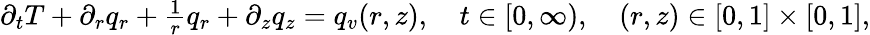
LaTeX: \begin{array}{r}{\partial_{t}T+\partial_{r}q_{r}+\frac{1}{r}q_{r}+\partial_{z}q_{z}=q_{v}(r,z),\quad t\in[0,\infty),\quad(r,z)\in[0,1]\times[0,1],}\end{array}